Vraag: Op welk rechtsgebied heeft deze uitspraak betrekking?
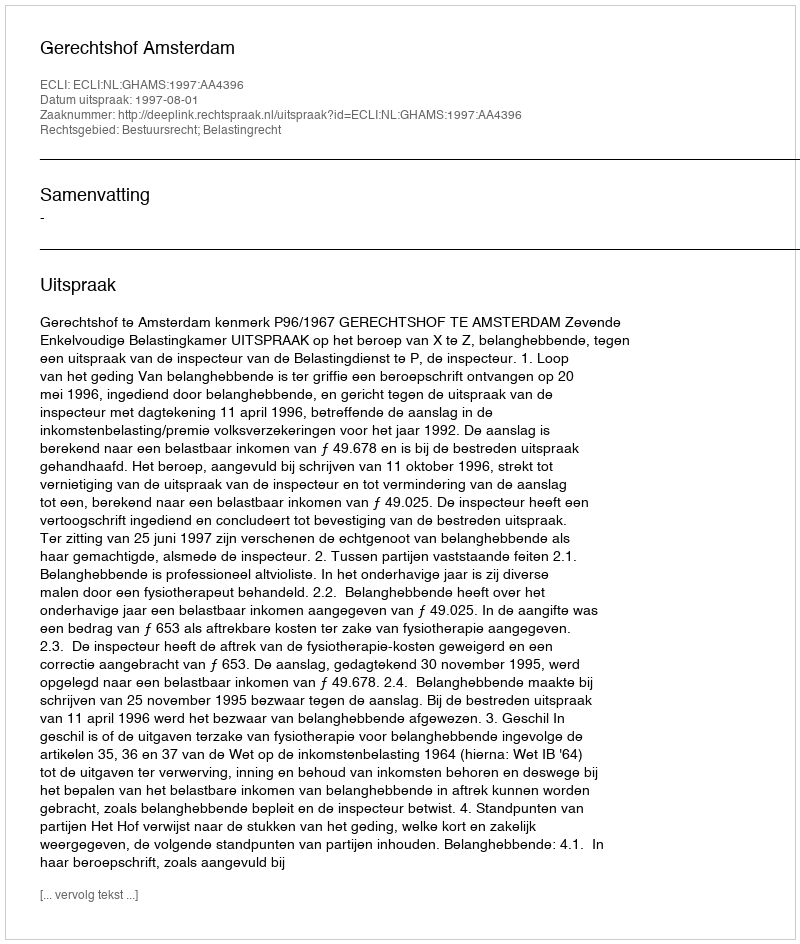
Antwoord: Bestuursrecht; Belastingrecht